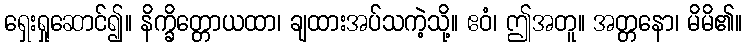
ရှေးရှုဆောင်၍။ နိက္ခိတ္တောယထာ၊ ချထားအပ်သကဲ့သို့။ ဧဝံ၊ ဤအတူ။ အတ္တနော၊ မိမိ၏။